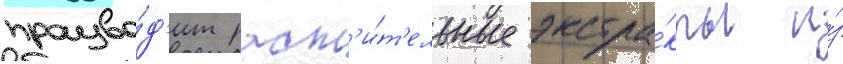
произво́д'ит раст'и́т'ельные экстра́кты и́з